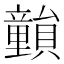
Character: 𥫎